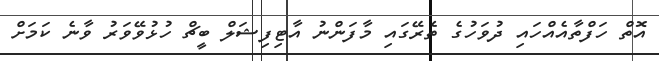
އޮތް ހަފްތާއެއްހައި ދުވަހުގެ ތެރޭގައި މާފަންނު އާޓިފިޝަލް ބީޗް ހުޅުވޭވަރު ވާނެ ކަމަށް